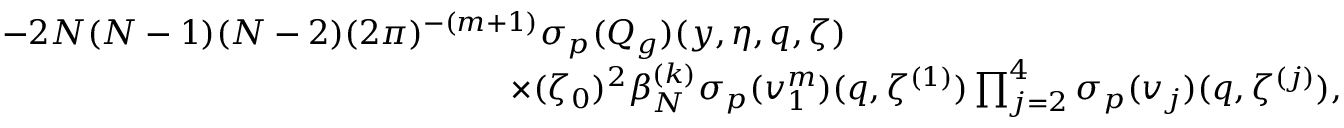
\begin{array} { r l } & { - 2 N ( N - 1 ) ( N - 2 ) ( 2 \pi ) ^ { - ( m + 1 ) } { { \sigma _ { p } } } ( { Q } _ { g } ) ( y , \eta , q , \zeta ) } \\ & { \quad \quad \quad \quad \quad \quad \quad \quad \quad \quad \quad \quad \quad \quad \quad \times ( \zeta _ { 0 } ) ^ { 2 } \beta _ { N } ^ { ( k ) } { \sigma _ { p } } ( v _ { 1 } ^ { m } ) ( q , \zeta ^ { ( 1 ) } ) \prod _ { j = 2 } ^ { 4 } { \sigma _ { p } } ( v _ { j } ) ( q , { \zeta ^ { ( j ) } } ) , } \end{array}